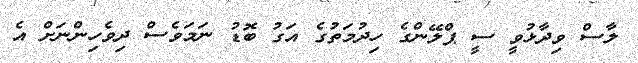
ލާސް ވިދާޅުވީ ސީ ޕްލޭންގެ ހިދުމަތުގެ އަގު ބޮޑު ނަމަވެސް ދިވެހިންނަށް އެ